Civil Veterinary Dept. Bombay admin report 1893-99 - 1893-1899
Year: 1893
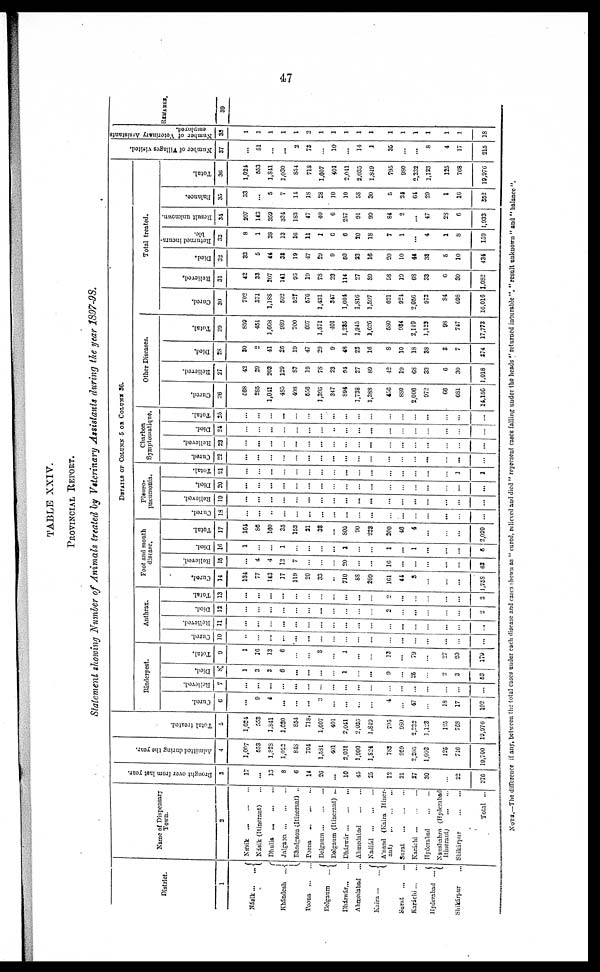
47
TABLE XXIV.
PROVINCIAL REPORT.
Statement showing Number of Animals treated by Veterinary Assistants during the year 1897-98.
District.
1
Násik...
...
Khándesh
…
Poona
…
…
Belgaum
…
Dháawár … …
Ahmedabad …
Kaira ...
…
Surat … …
Karáchi … …
Hyderabad ...
Shikárpur …
Name of Dispensary
Town.
2
Násik
…
…
…
Násik (Itinerant) …
Dhulia
…
…
…
Jalgaon
…
…
…
Bhadgaon (Itinerant) ...
Poona … … …
Belgaum … … …
Belgaum (Itinerant) ...
Dhárwár … … …
Ahmedabad
…
…
Nadiád
…
…
…
Anand (Kaira Itiner-
ant)
…
…
…
Surat
…
…
…
Karáchi
…
…
…
Hyderabad
Naushahro (Hyderabad
Itinerant)
…
…
Shikárpur
…
…
Total ...
Brought over from last year.
3
17
...
13
8
6
14
26
...
10
45
25
12
21
27
30
…
22
276
Admitted during the year.
4
l,007
553
1,828
1,022
848
704
1,581
401
2,031
1,900
1,824
788
959
2,205
1,003
125
746
19,700
Total treated.
5
1,024
553
1,841
1,030
854
718
1,007
401
2,041
2,035
1,840
705
980
2,232
1,123
125
708
19,976
DETAILS OF COLOUMN 5 OR COLOUMN 36
Rinderpest.
Cured.
6
…
9
4
...
...
...
3
…
…
...
...
4
…
47
…
18
17
102
Relieved.
7
…
...
...
…
...
…
…
…
…
...
…
…
…
...
…
…
…
…
Died.
8
1
3
8
6
...
…
…
…
1
…
...
9
…
25
…
2
3
63
Total.
9
1
16
13
6
…
…
3
…
1
…
…
13
...
79
…
27
20
179
Anthrax.
Cured.
10
…
…
…
...
...
...
…
…
…
…
…
…
…
…
...
...
…
…
Relieved.
11
…
...
…
...
…
…
…
…
...
…
...
…
...
…
…
...
…
...
Died.
12
…
…
...
…
…
…
...
…
…
…
…
…
…
...
…
…
2
Total.
13
…
...
...
…
…
…
…
…
…
…
…
2
...
…
…
…
...
2
Foot and mouth
disease.
Cured.
14
134
77
143
17
119
20
33
…
710
88
209
101
44
3
…
…
…
758
Relieved.
15
…
4
4
12
7
…
…
…
20
…
…
10
…
…
...
…
…
63
Died.
16
1
…
…
1
…
...
…
...
2
…
…
1
…
1
...
...
...
5
Total.
17
161
86
160
35
153
21
33
…
805
90
223
200
40
4
...
…
…
2,020
Pleuro-
pneumonia.
Cured.
18
…
...
…
…
…
…
...
…
…
…
...
…
…
…
…
...
…
...
Relieved.
19
…
...
...
...
…
...
...
…
...
...
...
...
...
...
...
...
…
...
Died.
20
…
...
...
...
…
…
…
…
…
…
...
…
…
…
…
…
…
…
Total.
21
…
…
…
…
…
…
…
…
…
…
...
...
…
…
…
…
1
1
Charbon
Symptomatiqne,
Cured.
22
…
...
…
…
…
...
…
...
...
…
…
…
…
…
...
…
…
...
Relieved.
23
…
...
…
…
...
…
…
…
…
…
...
…
…
…
…
…
…
...
Died.
24
…
…
...
…
…
…
…
…
…
...
...
…
…
…
…
...
…
…
Total.
25
…
…
…
...
…
…
…
...
…
…
…
…
…
…
...
…
…
…
Other Diseases.
Cured.
26
568
285
1,041
485
408
556
1,395
347
894
1,728
1,388
456
880
2,000
972
66
681
14,156
Relieved.
27
42
29
203
129
87
19
78
23
91
27
89
42
19
68
33
6
30
1,018
Died.
28
30
2
41
26
19
47
29
9
48
23
16
8
10
18
38
3
7
274
Total.
29
859
451
1,668
989
700
697
1,571
401
1,235
1,945
1,626
580
934
2,149
1,123
98
747
17,773
Total treated.
Cured.
30
702
371
1,188
502
527
576
1,431
347
1,604
1,816
1,597
621
924
2,056
972
84
698
16,016
Relieved,
31
42
33
207
141
95
19
78
23
114
27
89
58
19
68
33
6
30
1,082
Died.
32
32
5
44
38
19
47
29
9
50
23
16
20
10
41
38
5
10
434
Returned incura-
ble.
33
8
1
38
13
16
11
1
6
6
20
18
7
1
...
4
1
8
159
Result unknown.
34
207
143
359
334
183
47
40
6
257
91
99
84
2
…
47
28
6
1,933
Balance.
35
33
…
5
7
14
18
28
10
10
58
30
5
24
61
29
1
16
352
Total.
36
1,024
553
1,841
1,030
854
718
1,007
401
2,041
2,035
1,849
795
980
2,232
1,123
125
768
19,976
Number of Tillages visited.
37
…
51
…
...
2
73
…
10
...
14
1
35
…
...
8
4
17
215
Number of Veterinary Assistants
employed.
38
1
1
1
1
1
1
1
1
1
1
1
1
1 1
1
1
1
1
18
REMARKS.
39
NOTE.—The difference if any, between the total cases under each disease and cases shown as " cured, relieved and died " represent cases falling under the heads " returned insurable ", " result unknown " and " balance ".